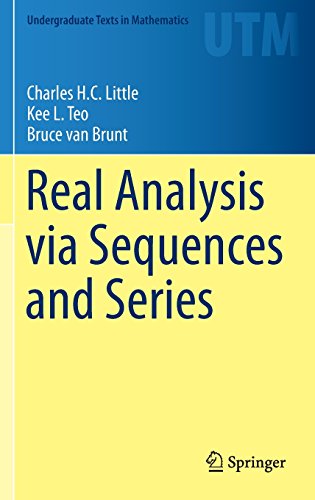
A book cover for Real Analysis via Sequences and Series (Undergraduate Texts in Mathematics); Charles Little; Science & Math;